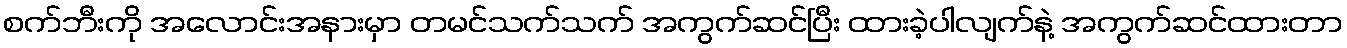
စက်ဘီးကို အလောင်းအနားမှာ တမင်သက်သက် အကွက်ဆင်ပြီး ထားခဲ့ပါလျက်နဲ့ အကွက်ဆင်ထားတာ